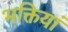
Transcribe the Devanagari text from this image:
भक्तियां